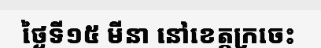
ថ្ងៃទី១៥ មីនា នៅខេត្តក្រចេះ